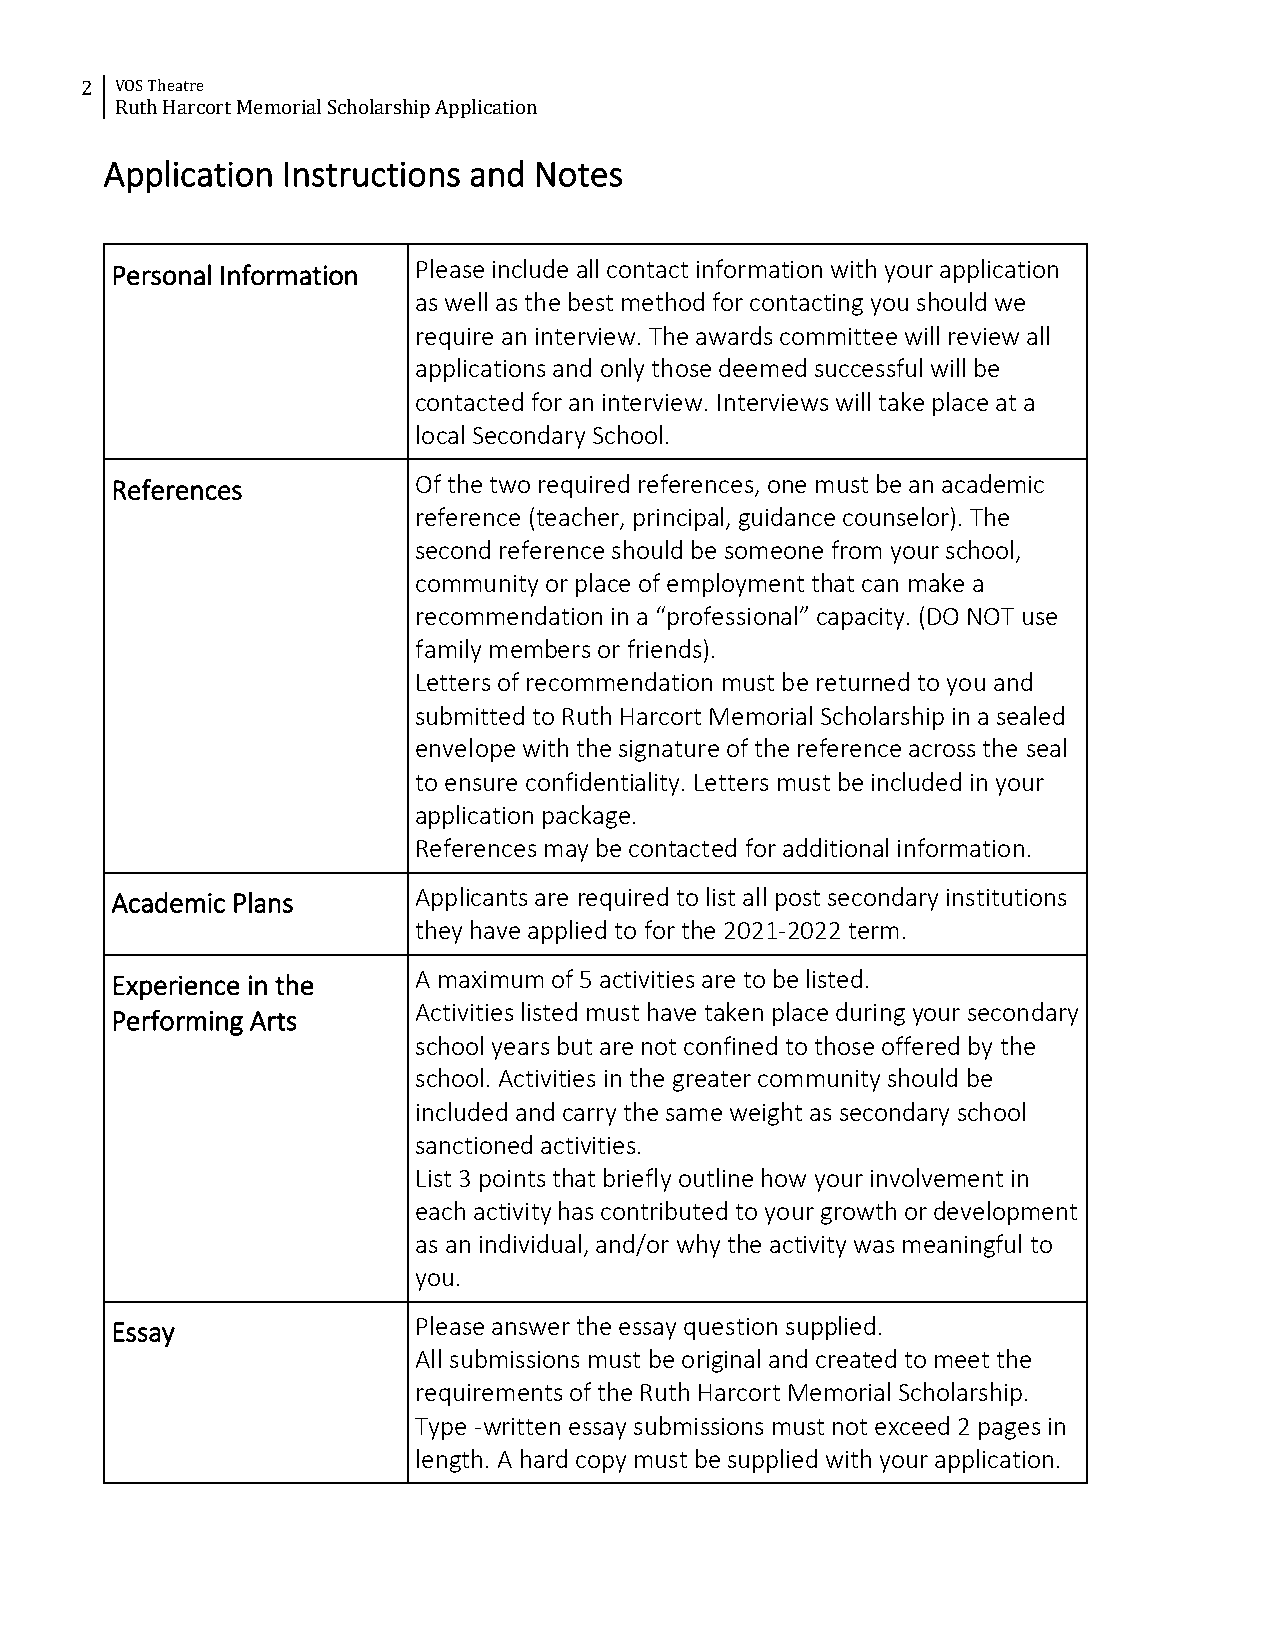
2  VOS Theatre
 Ruth Harcort Memorial Scholarship Application
 Application Instructions and Notes
 Personal Information Please include all contact information with your application
 as well as the best method for contacting you should we
 require an interview. The awards committee will review all
 applications and only those deemed successful will be
 contacted for an interview. Interviews will take place at a
 local Secondary School.
 References          Of the two required references, one must be an academic
 reference (teacher, principal, guidance counselor). The
 second reference should be someone from your school,
 community or place of employment that can make a
 recommendation in a “professional” capacity. (DO NOT use
 family members or friends).
 Letters of recommendation must be returned to you and
 submitted to Ruth Harcort Memorial Scholarship in a sealed
 envelope with the signature of the reference across the seal
 to ensure confidentiality. Letters must be included in your
 application package.
 References may be contacted for additional information.
 Academic Plans      Applicants are required to list all post secondary institutions
 they have applied to for the 2021-2022 term.
 Experience in the   A maximum of 5 activities are to be listed.
 Activities listed must have taken place during your secondary
 Performing Arts
 school years but are not confined to those offered by the
 school. Activities in the greater community should be
 included and carry the same weight as secondary school
 sanctioned activities.
 List 3 points that briefly outline how your involvement in
 each activity has contributed to your growth or development
 as an individual, and/or why the activity was meaningful to
 you.
 Essay               Please answer the essay question supplied.
 All submissions must be original and created to meet the
 requirements of the Ruth Harcort Memorial Scholarship.
 Type -written essay submissions must not exceed 2 pages in
 length. A hard copy must be supplied with your application.